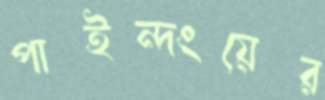
পাইন্দংয়ের